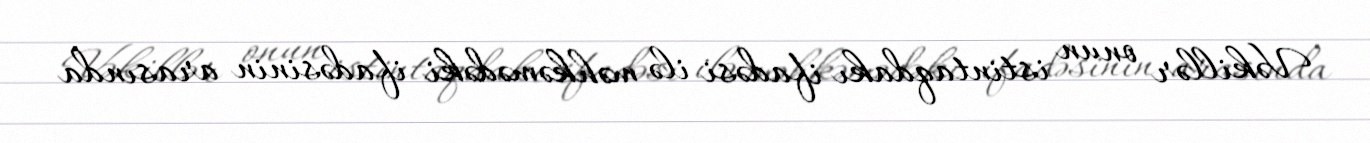
Vəkillər onun istintaqdakı ifadəsi ilə məhkəmədəki ifadəsinin arasında